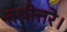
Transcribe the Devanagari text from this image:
तथोत्तरे।